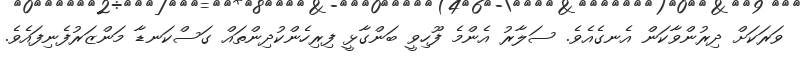
ވަރަކަށް ދިރުންވާކަން އެނގެއެވެ. ސަލާރު އެންމެ ފޫހިވީ ބަންގާޅީ ފިރިހެންކުދިންތައް ގަސްކަނޑާ މަންޒަރުފެނިފައެވެ.